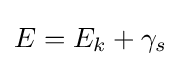
E=E_{k}+\gamma _{s}